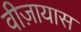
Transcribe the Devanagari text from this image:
वीज़ायास